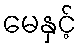
မေနှင့်